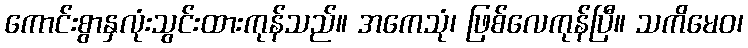
ကောင်းစွာနှလုံးသွင်းထားကုန်သည်။ အကေသုံ၊ ဖြစ်လေကုန်ပြီ။ သကိမေဝ၊